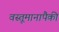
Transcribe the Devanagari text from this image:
वस्तूमानापैकी